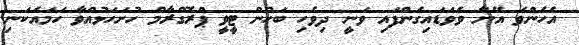
އެހެންވެ އޭނާ ވެވަޑައިގެންފައި ވަނީ ދިވެހި ބަހުން ޓީވީ ޕްރޮގްރާމް ހުށަހަޅުއްވާ ހަމައެކަނި